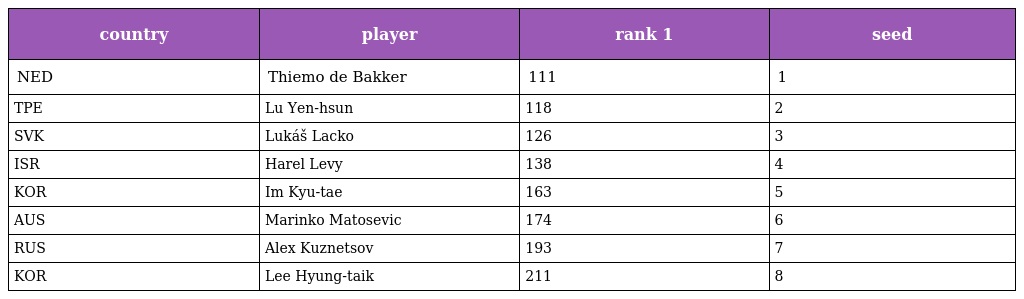
| country | player | rank 1 | seed |
 | --- | --- | --- | --- |
 | NED | Thiemo de Bakker | 111 | 1 |
 | TPE | Lu Yen-hsun | 118 | 2 |
 | SVK | Lukáš Lacko | 126 | 3 |
 | ISR | Harel Levy | 138 | 4 |
 | KOR | Im Kyu-tae | 163 | 5 |
 | AUS | Marinko Matosevic | 174 | 6 |
 | RUS | Alex Kuznetsov | 193 | 7 |
 | KOR | Lee Hyung-taik | 211 | 8 |